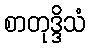
စာတုဒ္ဒိသံ